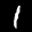
Label: 1